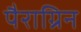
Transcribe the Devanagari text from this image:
पैराग्रिन